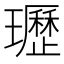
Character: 瓑